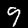
Label: 9